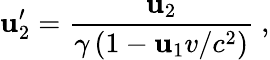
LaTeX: \mathbf{u}_{2}^{\prime}={\frac{{\mathbf{u}_{2}}}{{\gamma\left(1-\mathbf{u}_{1}v/c^{2}\right)}}}\ ,